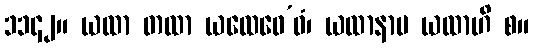
၁၁၄၂။ ယထာ တထာ ယထေဝေ’ဝံ၊ ယထာနာမ ယထာဟိ စ။